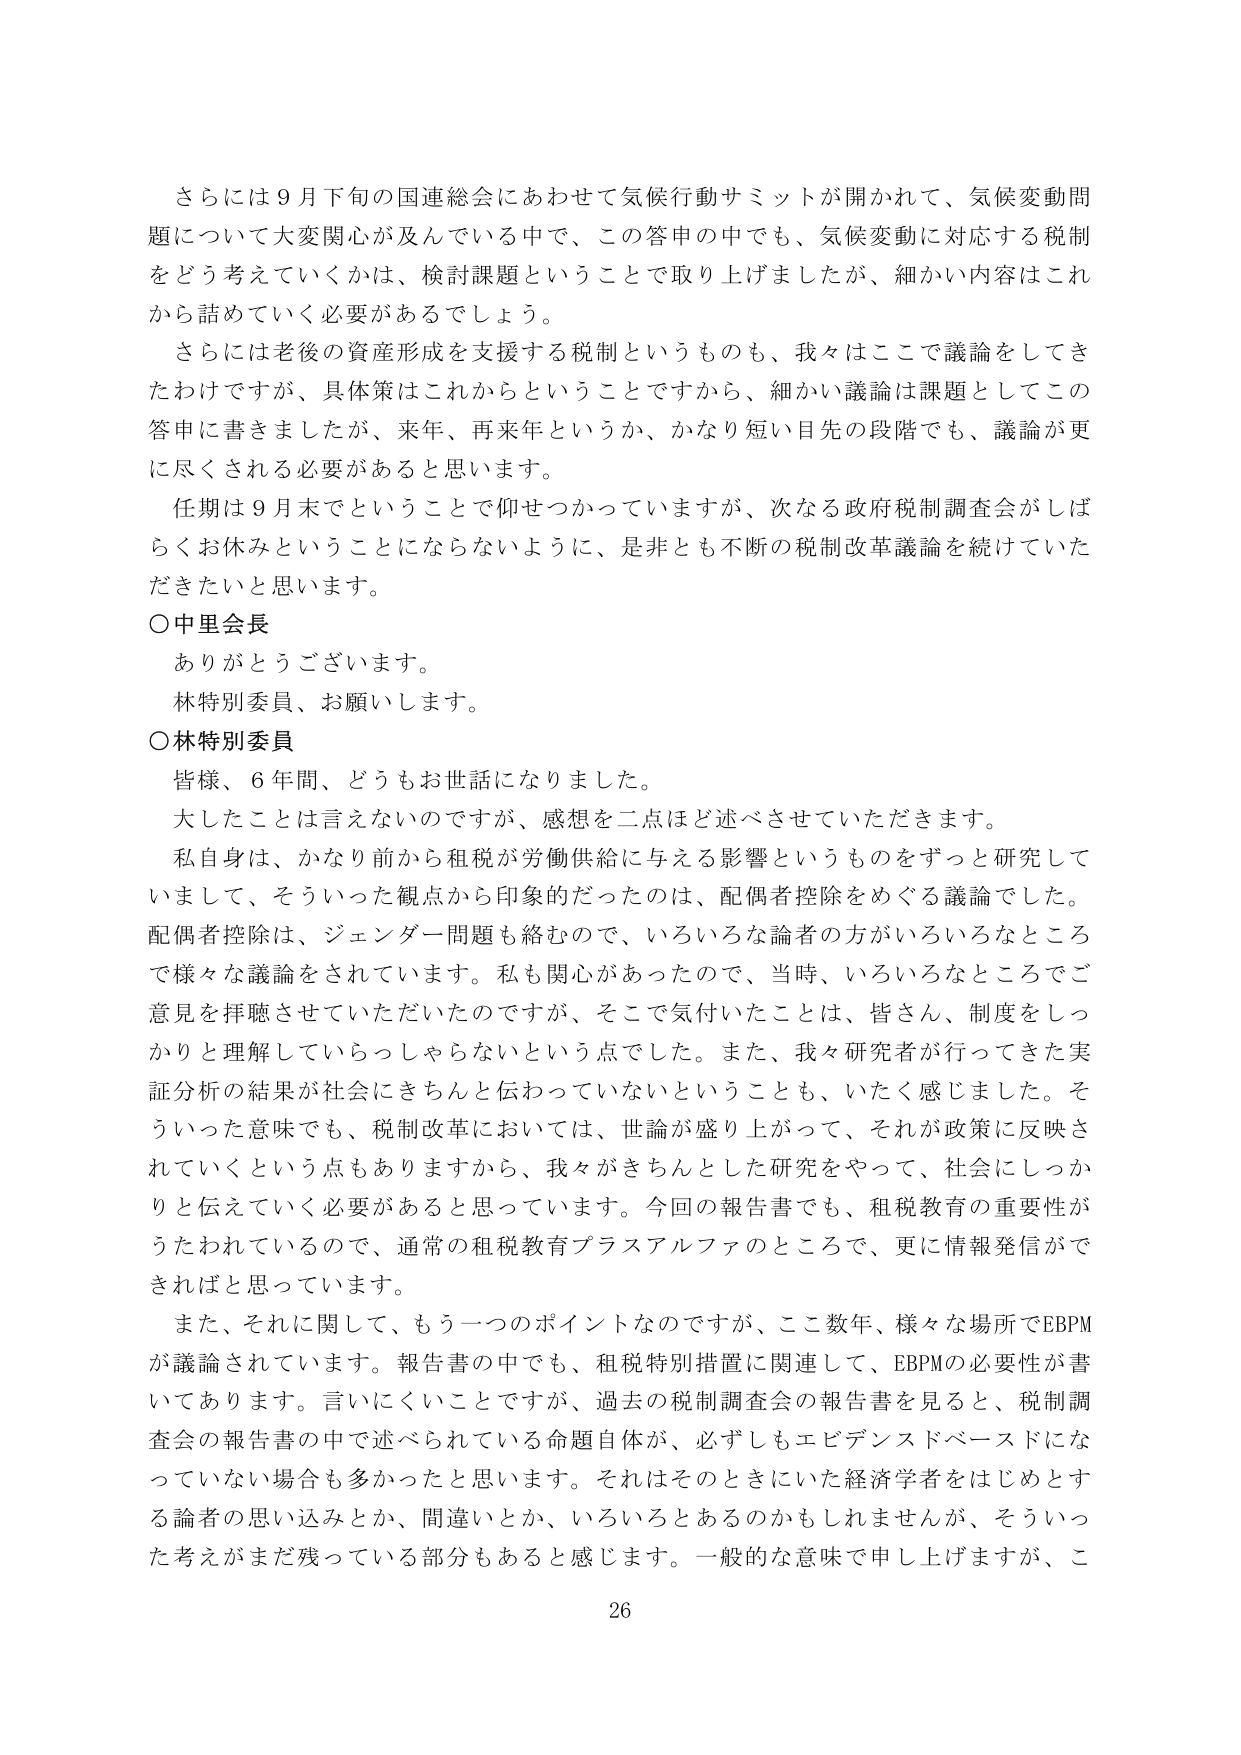
さらには９月下旬の国連総会にあわせて気候行動サミットが開かれて、気候変動問題について大変関心が及んでいる中で、この答申の中でも、気候変動に対応する税制をどう考えていくかは、検討課題ということで取り上げましたが、細かい内容はこれから詰めていく必要があるでしょう。

さらには老後の資産形成を支援する税制というのも、我々はここで議論をしてきたわけですが、具体策はこれからということですから、細かい議論は課題としてこの答申に書きましたが、来年、再来年というか、かなり短い目先の段階でも、議論が更に尽くされる必要があると思います。

任期は９月末までということで仰せつかっていますが、次なる政府税制調査会がしばらくお休みということにならないように、是非とも不断の税制改革議論を続けていただきたいと思います。

○中里会長
ありがとうございます。
林特別委員、お願いします。

○林特別委員
皆様、６年間、どうもお世話になりました。
大したことは言えないのですが、感想を二点ほど述べさせていただきます。
私自身は、かなり前から租税が労働供給に与える影響というものをずっと研究していまして、そういった観点から印象的だったのは、配偶者控除をめぐる議論でした。配偶者控除は、ジェンダー問題も絡むので、いろいろな論者の方がいろいろなところで様々な議論をされています。私も関心があったので、当時、いろいろなところでご意見を拝聴させていただいたのですが、そこで気付いたことは、皆さん、制度をしっかり理解していらっしゃらないという点でした。また、我々研究者が行ってきた実証分析の結果が社会にきちんと伝わっていないということも、いたく感じました。そういった意味でも、税制改革においては、世論が盛り上がって、それが政策に反映されていくという点もありますから、我々がきちんとした研究をやって、社会にしっかりと伝えていく必要があると思っています。今回の報告書でも、租税教育の重要性がうたわれているので、通常の租税教育プラスアルファのところで、更に情報発信ができればと思っています。

また、それに関して、もう一つのポイントなのですが、ここ数年、様々な場所でEBPMが議論されています。報告書の中でも、租税特別措置に関連して、EBPMの必要性が書いてあります。言いにくいことですが、過去の税制調査会の報告書を見ると、税制調査会の報告書の中で述べられている命題自体が、必ずしもエビデンスベースドになっていない場合も多かったと思います。それはそのときにいた経済学者をはじめとする論者の思い込みとか、間違いとか、いろいろとあるのかもしれませんが、そういった考えがまだ残っている部分もあると感じます。一般的な意味で申し上げますが、こ

26